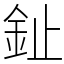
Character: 䤠